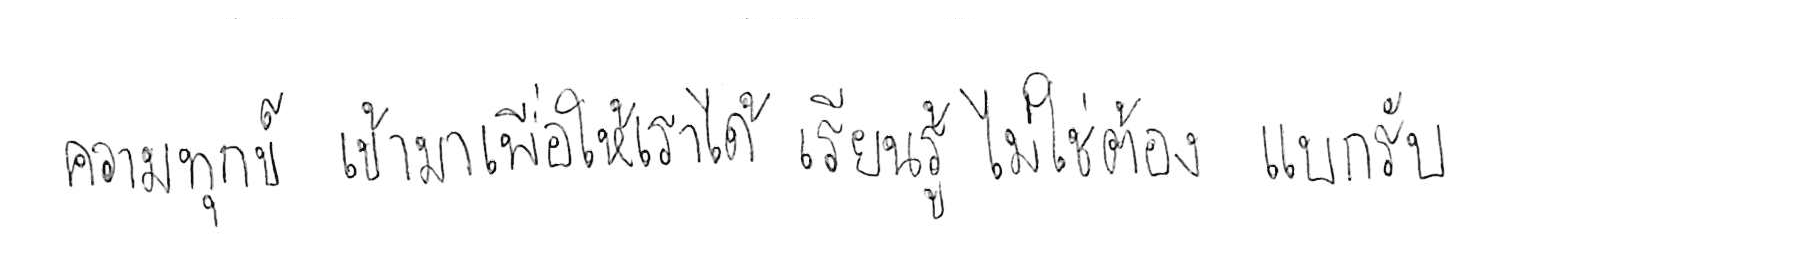
ความทุกข์ เข้ามาเพื่อให้เราได้ เรียนรู้ ไม่ใช่ต้อง แบกรับ